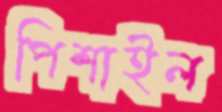
পিশাইল